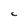
Character: C